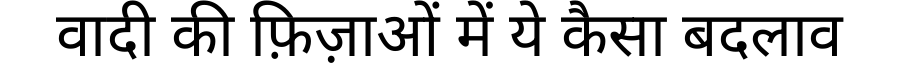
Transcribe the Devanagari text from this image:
वादी की फ़िज़ाओं में ये कैसा बदलाव